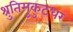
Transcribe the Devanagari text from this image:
श्रुतिमुकुटधर